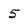
Character: 5